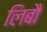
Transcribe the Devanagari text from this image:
लिबौ